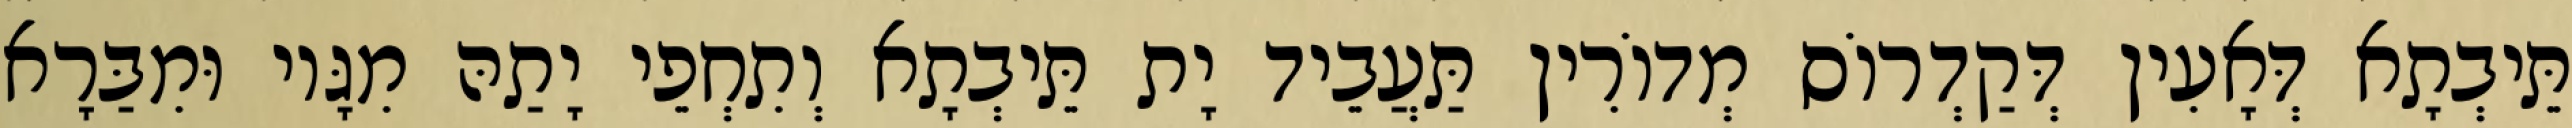
תֵּיבְתָא דְּאָעִין דְּקַדְרוֹס מְדוֹרִין תַּעֲבֵיד יָת תֵּיבְתָא וְתִחְפֵי יָתַהּ מִגָּיו וּמִבַּרָא